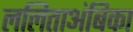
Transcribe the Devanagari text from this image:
ललिताअंबिका